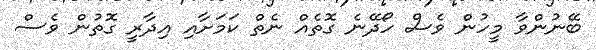
ބޭނުންވާ މީހުން ވެސް ހޯދޭނެ ގޮތެއް ނެތް ކަމަށާއި އިދާރީ ގޮތުން ވެސް